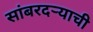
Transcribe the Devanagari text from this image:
सांबरदर्‍याची